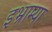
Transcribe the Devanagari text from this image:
इभ्राम्या